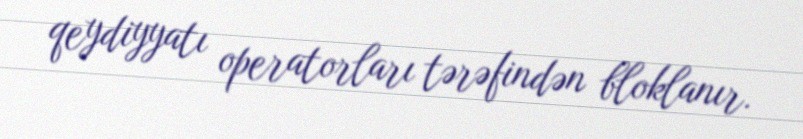
qeydiyyatı operatorları tərəfindən bloklanır.